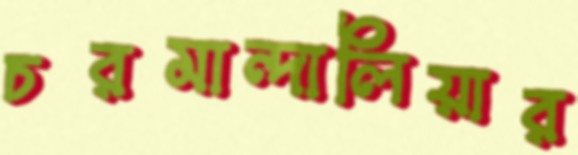
চরমান্দালিয়ার